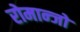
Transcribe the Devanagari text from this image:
रोमान्जो